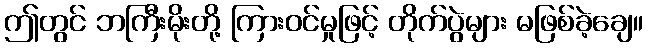
ဤတွင် ဘကြီးမိုးတို့ ကြားဝင်မှုဖြင့် တိုက်ပွဲများ မဖြစ်ခဲ့ချေ။